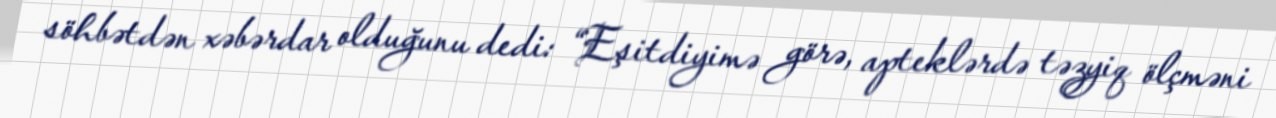
söhbətdən xəbərdar olduğunu dedi: “Eşitdiyimə görə, apteklərdə təzyiq ölçməni